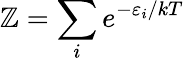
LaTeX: \mathbb{Z}=\sum_{i}e^{-\varepsilon_{i}/kT}